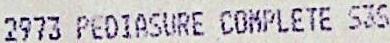
2973 PEDIASURE COMPLETE S3S